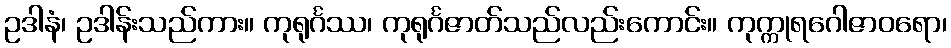
ဥဒါနံ၊ ဥဒါန်းသည်ကား။ ကုရုင်္ဂဿ၊ ကုရုင်္ဂဇာတ်သည်လည်းကောင်း။ ကုက္ကုရဂေါဇာဝရော၊